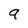
Character: q